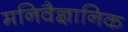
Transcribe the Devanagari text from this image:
मनिवैज्ञानिक